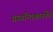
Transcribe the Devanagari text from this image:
प्रस्यन्दिकारुणि